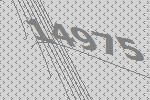
14975